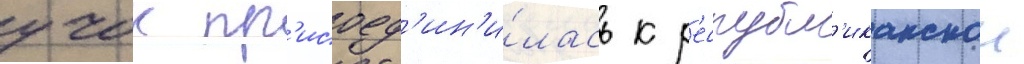
учок пр'исоед'ин'и́лась к р'еспубл'иканскои